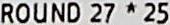
ROUND 27 * 25